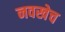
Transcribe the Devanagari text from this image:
नवखेच